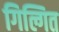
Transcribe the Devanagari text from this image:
गिल्गित